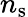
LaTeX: n_{\mathrm{s}}